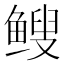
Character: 𫠑